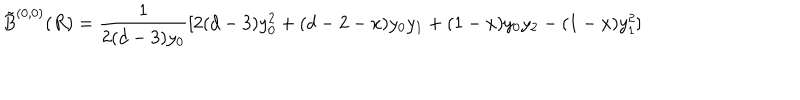
\tilde { B } ^ { ( 0 , 0 ) } ( R ) = \frac { 1 } { 2 ( d - 3 ) y _ { 0 } } [ 2 ( d - 3 ) y _ { 0 } ^ { 2 } + ( d - 2 - x ) y _ { 0 } y _ { 1 } + ( 1 - x ) y _ { 0 } y _ { 2 } - ( 1 - x ) y _ { 1 } ^ { 2 } ]